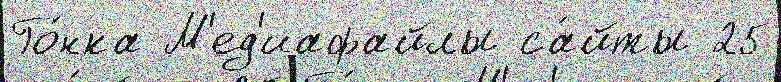
Го́нка М'ед'иафайлы са́йты 25